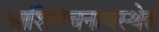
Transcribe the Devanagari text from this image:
आशिवंचनावस्थेत